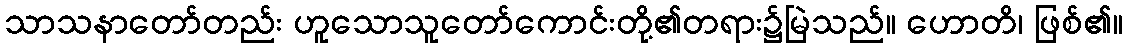
သာသနာတော်တည်း ဟူသောသူတော်ကောင်းတို့၏တရား၌မြဲသည်။ ဟောတိ၊ ဖြစ်၏။